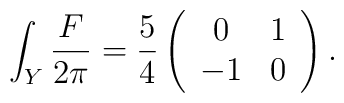
{\int_Y{F\over 2\pi}={5\over 4}\left(\begin{array}{cc}0 & 1 \cr -1 & 0 \cr\end{array}\right).}